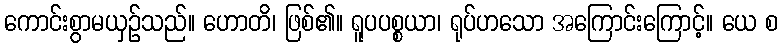
ကောင်းစွာမယှဉ်သည်။ ဟောတိ၊ ဖြစ်၏။ ရူပပစ္စယာ၊ ရုပ်ဟသော အကြောင်းကြောင့်။ ယေ စ